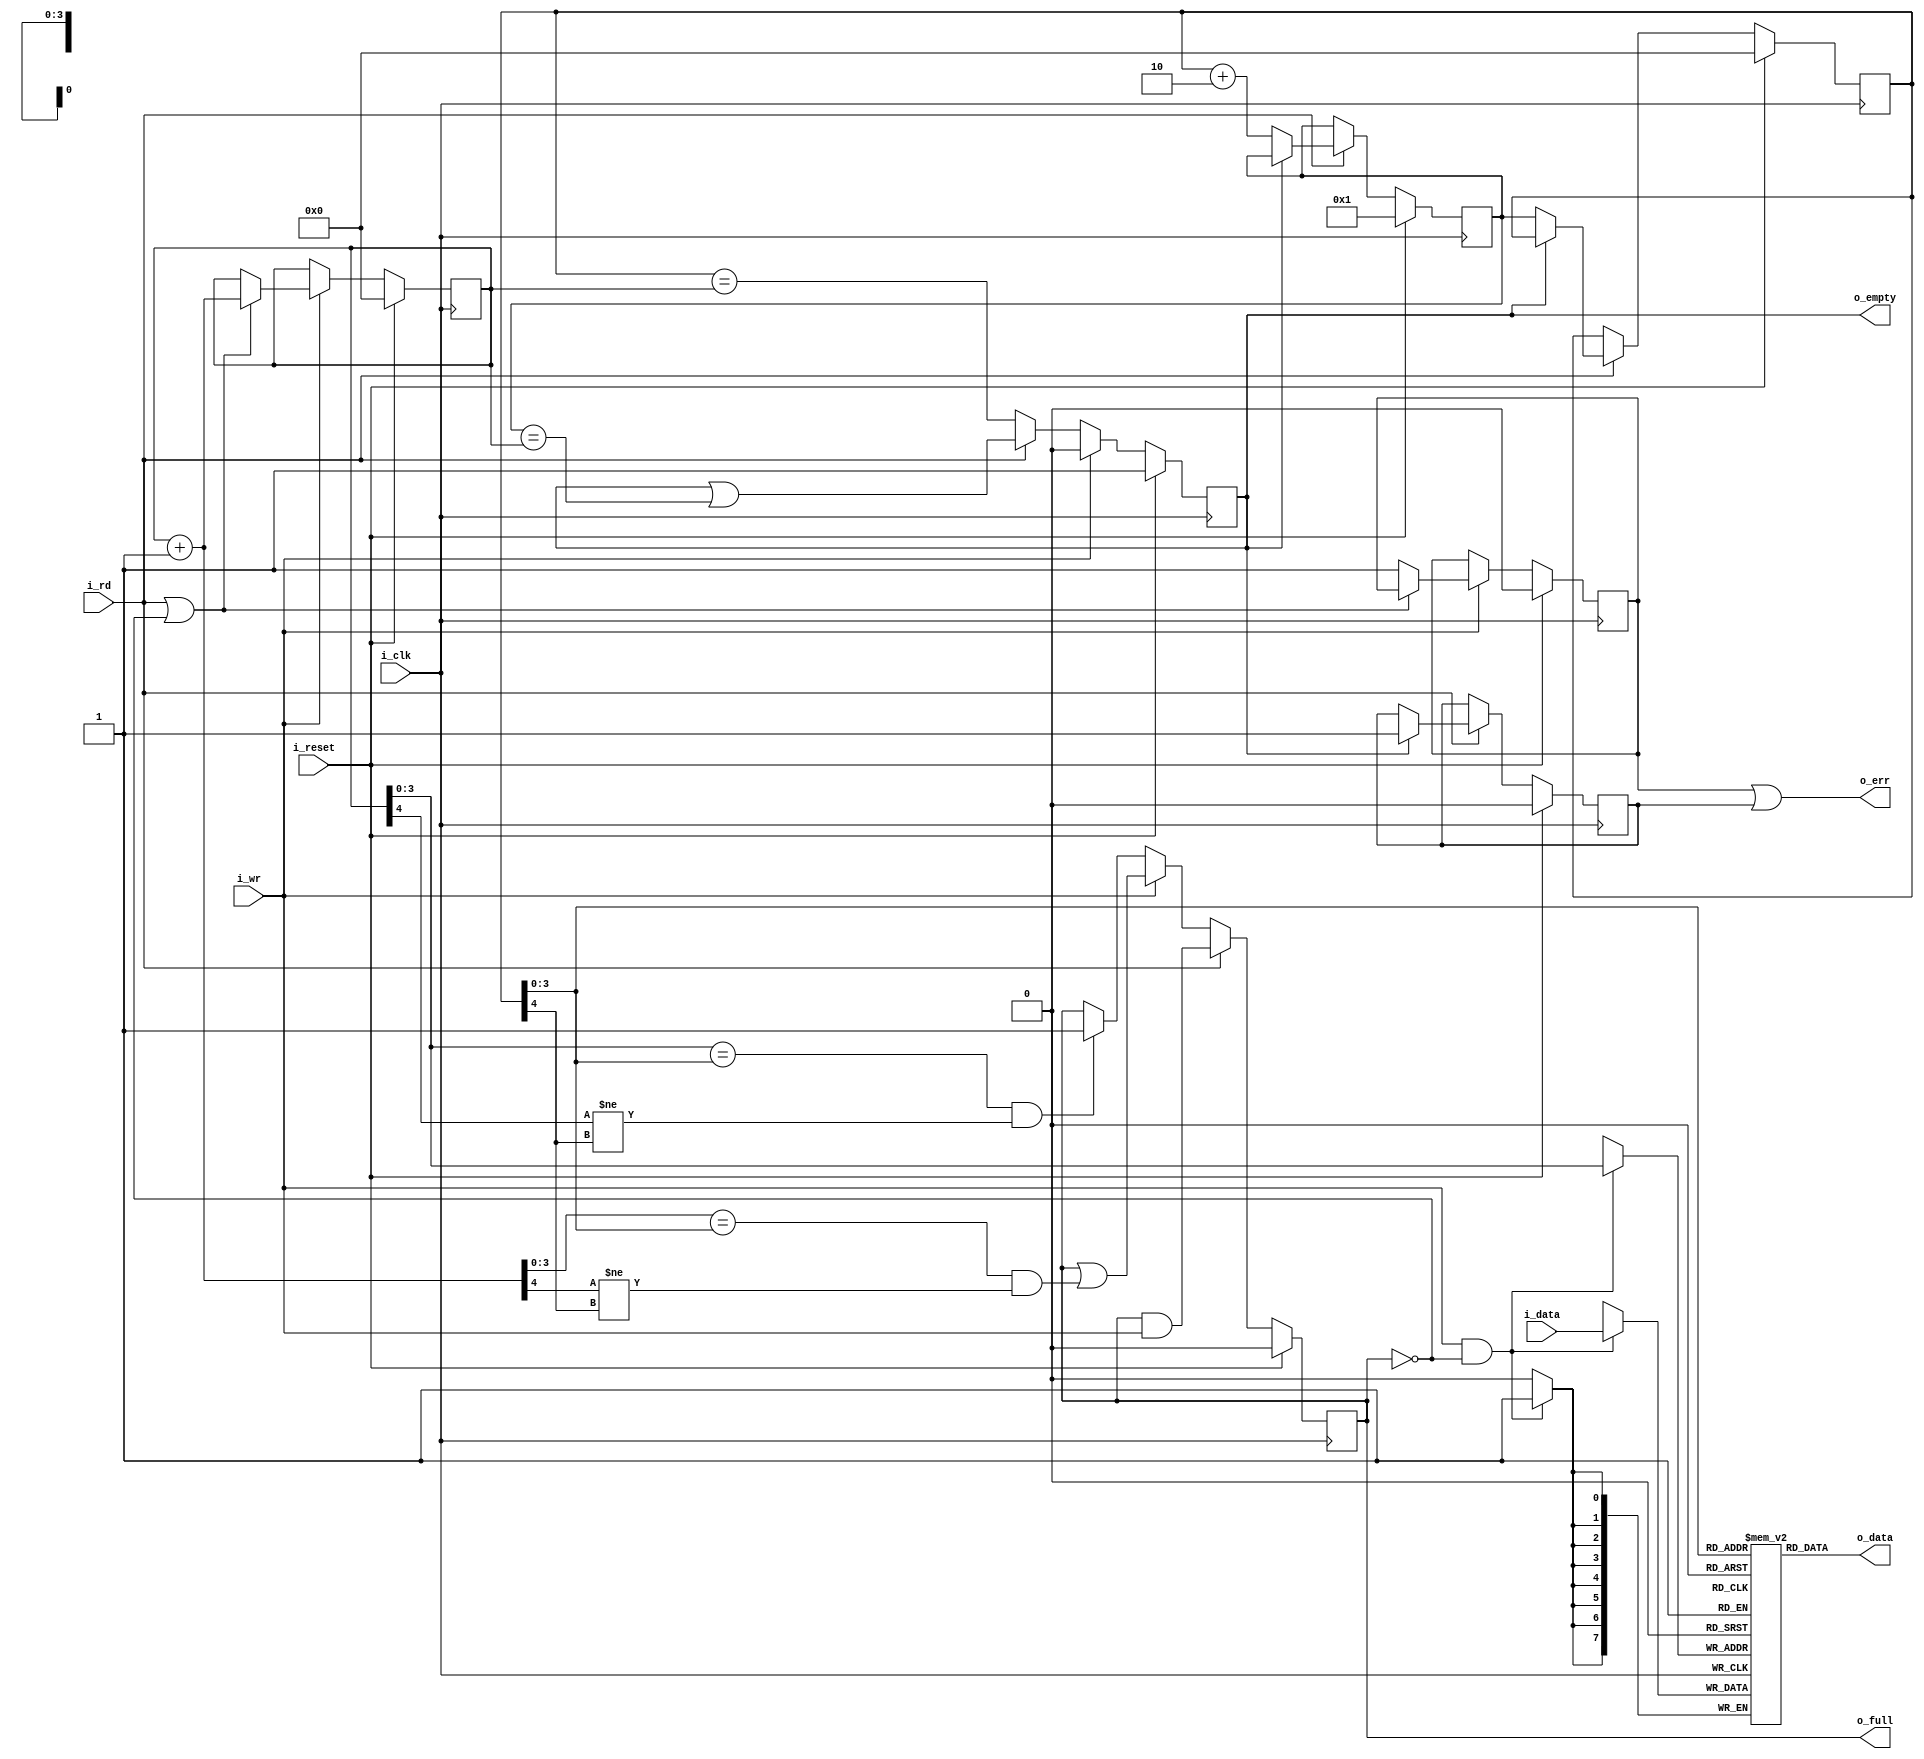
////////////////////////////////////////////////////////////////////////////////
//
// {{{
// Project:	FFT-DEMO, a verilator-based spectrogram display project
//
// Purpose:	A synchronous data FIFO.
//
// Creator:	Dan Gisselquist, Ph.D.
//		Gisselquist Technology, LLC
//
////////////////////////////////////////////////////////////////////////////////
// }}}
// Copyright (C) 2015-2024, Gisselquist Technology, LLC
// {{{
// This program is free software (firmware): you can redistribute it and/or
// modify it under the terms of the GNU General Public License as published
// by the Free Software Foundation, either version 3 of the License, or (at
// your option) any later version.
//
// This program is distributed in the hope that it will be useful, but WITHOUT
// ANY WARRANTY; without even the implied warranty of MERCHANTIBILITY or
// FITNESS FOR A PARTICULAR PURPOSE.  See the GNU General Public License
// for more details.
//
// You should have received a copy of the GNU General Public License along
// with this program.  (It's in the $(ROOT)/doc directory.  Run make with no
// target there if the PDF file isn't present.)  If not, see
// <http://www.gnu.org/licenses/> for a copy.
// }}}
// License:	GPL, v3, as defined and found on www.gnu.org,
// {{{
//		http://www.gnu.org/licenses/gpl.html
//
////////////////////////////////////////////////////////////////////////////////
//
`default_nettype	none
// }}}
module sfifo(i_clk, i_reset, i_wr, i_data, o_full, i_rd, o_data, o_empty, o_err);
	parameter	BW=8;		// Byte/data width
	parameter	LGFLEN=4;	// Log of the buffer size
	//
	input	wire		i_clk, i_reset;
	// Write interface
	input	wire		i_wr;
	input	wire [(BW-1):0]	i_data;
	output	reg		o_full;		// True if there's no more space
	// Read interface
	input	wire		i_rd;
	output	wire [(BW-1):0]	o_data;
	output	reg		o_empty;	// True if FIFO is empty
	// 
	output	wire		o_err;		// True following under/overflow


	localparam	FLEN=(1<<LGFLEN);

	reg	[(BW-1):0]	fifo[0:(FLEN-1)];
	reg	[LGFLEN:0]	wraddr, rdaddr, r_next;

	wire	[LGFLEN:0]	w_first_plus_one,
				w_last_plus_one;
	assign	w_first_plus_one = wraddr + {{(LGFLEN){1'b0}},1'b1};
	assign	w_last_plus_one  = r_next; // rdaddr  + 1'b1;


	// Logic defining the full output.  Ideally, we might've said
	//
	// assign o_full == (wraddr[LGFLEN-1:0] == rdaddr[LGFLEN-1:0])
	//			&&(wraddr[LGFLEN] != rdaddr[LGFLEN]);
	//
	// The following logic does the same thing, only using clocked logic,
	// so the logic needs to be set one clock earlier.
	initial	o_full = 1'b0;
	always @(posedge i_clk)
		if (i_reset)
			o_full <= 1'b0;
		else if (i_rd)
			o_full <= (o_full)&&(i_wr);
		else if (i_wr)
			o_full <= (o_full)
				||((w_first_plus_one[LGFLEN-1:0]
						== rdaddr[LGFLEN-1:0])
				&&(w_first_plus_one[LGFLEN]!=rdaddr[LGFLEN]));
		else if ((wraddr[LGFLEN-1:0] == rdaddr[LGFLEN-1:0])
				&&(wraddr[LGFLEN]!=rdaddr[LGFLEN]))
			o_full <= 1'b1;

	//
	// Adjust the Write pointer, and catch any overflows.
	reg	r_ovfl;
	initial	wraddr = 0;
	initial	r_ovfl  = 0;
	always @(posedge i_clk)
		if (i_reset)
		begin
			r_ovfl  <= 1'b0;
			wraddr <= 0;
		end else if (i_wr)
		begin // Cowardly refuse to overflow
			if ((i_rd)||(!o_full))
				wraddr <= wraddr + 1'b1;
			else
				// Set the error flag on any overflow
				r_ovfl <= 1'b1;
		end

	// Actually write to the FIFO
	always @(posedge i_clk)
		if ((i_wr)&&(!o_full))
			fifo[wraddr[(LGFLEN-1):0]] <= i_data;

	// The empty pointer.  This is clocked logic, else we might have
	// written:
	//
	// assign o_empty = (rdaddr == wraddr);
	//
	initial	o_empty = 1'b1;
	always @(posedge i_clk)
		if (i_reset)
			o_empty <= 1'b1;
		else if (i_wr)
			o_empty <= 1'b0;
		else if (i_rd)
			o_empty <= (o_empty)||(w_last_plus_one == wraddr);
		else
			o_empty <= (rdaddr == wraddr);


	//
	// The read pointer (and underflow indication)
	//
	reg		r_unfl;
	initial	r_unfl = 1'b0;
	initial	rdaddr = 0;
	initial	r_next = { {(LGFLEN){1'b0}}, 1'b1 };
	always @(posedge i_clk)
		if (i_reset)
		begin
			rdaddr <= 0;
			r_next <= { {(LGFLEN){1'b0}}, 1'b1 };
			r_unfl <= 1'b0;
		end else if (i_rd)
		begin
			if (!o_empty) // (wraddr != rdaddr)
			begin
				rdaddr <= r_next;
				r_next <= rdaddr +{{(LGFLEN-1){1'b0}},2'b10};
			end else
				// Set the error flag on any attempt to read
				// from an empty fifo
				r_unfl <= 1'b1;
		end

	// Actually read from the FIFO here.
	assign	o_data = fifo[rdaddr[LGFLEN-1:0]];

	// Overflow is an error, as is underflow.
	assign o_err = (r_ovfl)||(r_unfl);

////////////////////////////////////////////////////////////////////////////////
////////////////////////////////////////////////////////////////////////////////
////////////////////////////////////////////////////////////////////////////////
//
// FORMAL METHODS
//
//
////////////////////////////////////////////////////////////////////////////////
////////////////////////////////////////////////////////////////////////////////
////////////////////////////////////////////////////////////////////////////////
//
`ifdef	FORMAL
`ifdef	SFIFO
`define	ASSUME	assume
`define	ASSERT	assert
`else
`define	ASSUME	assert
`define	ASSERT	assume
`endif

	reg	f_past_valid;

	initial	f_past_valid = 1'b0;
	always @(posedge i_clk)
		f_past_valid <= 1'b1;

	//
	// Assumptions about our input(s)
	//
	//
	initial `ASSUME(i_reset);

	//
	// Assertions about our outputs
	//
	//

	wire	[LGFLEN:0]	f_fill, f_next, f_empty;

	// Calculate the actual fill level
	assign	f_fill = wraddr - rdaddr;

	// ... Here's the indication of whether or not the FIFO is empty
	assign	f_empty = (wraddr == rdaddr);

	assign	f_next = rdaddr + 1'b1;

	// Test #1
	always @(posedge i_clk)
	if ((f_past_valid)&&(!$past(i_reset))&&($past(o_full)))
		`ASSERT(!o_empty);

	// Test #2
	always @(posedge i_clk)
	if ((f_past_valid)&&(!$past(i_reset))&&($past(o_empty)))
		`ASSERT((!o_full)&&(f_fill <= 1));

	// Test #3, along with some other basic assertions
	always @(*)
	begin
		// Assert that the FIFO never has more than 2^N elements in it
		`ASSERT(f_fill <= { 1'b1, {(LGFLEN){1'b0}}});

		// 3.A
		// o_full should equal whether or not 2^N elements are in FIFO
		`ASSERT(o_full  == (f_fill == {1'b1, {(LGFLEN){1'b0}}}));

		// 3.B
		// o_empty, true if an only if the fill is zero.
		`ASSERT(o_empty == (f_fill == 0));

		`ASSERT(r_next == f_next);
	end

	// Extra--check the error flag.
	always @(posedge i_clk)
	if (f_past_valid)
	begin
		// Following a reset, the error flag should be clear
		if ($past(i_reset))
			`ASSERT(!o_err);
		else begin
			// Check error on underflow
			if (($past(i_rd))&&($past(o_empty)))
				`ASSERT(o_err);

			// Check error on overflow
			if (($past(i_wr))&&(!$past(i_rd))&&($past(o_full)))
				`ASSERT(o_err);

			// Error flag doesn't clear except on reset
			if ($past(o_err))
				`ASSERT(o_err);
		end
	end
`endif // FORMAL
`ifdef	VERIFIC_SVA
	//
	// This contract makes the most sense using the full SVA language
	//
	(* anyconst *) reg	[LGFLEN:0]	f_const_addr;
	wire	 [LGFLEN:0]		f_const_next_addr;
	reg				f_addr_valid, f_next_valid;
	(* anyconst *) reg [BW-1:0]	f_const_first, f_const_next;
	assign	f_const_next_addr = f_const_addr + 1'b1;

	//
	// Check whether or not f_const_addr is a valid address describing
	// an item in the FIFO.
	//
	always @(*)
	begin
		f_addr_valid = 1'b0;

		// The tricky part of this check is that the read and write
		// pointers may wrap around the ends of the FIFO.  It's not
		// quite the simple comparison for this reason.
		//
		if ((wraddr > rdaddr)&&(f_const_addr < wraddr)
				&&(rdaddr <= f_const_addr))
			// If there's no wrapping, then that f_const_addr
			// address will be valid if it's between wraddr and
			// rdaddr
			f_addr_valid = 1'b1;
		else if ((wraddr < rdaddr)&&(f_const_addr < wraddr))
			// The write pointer wrapped, the address in question
			// is after the wrap.
			f_addr_valid = 1'b1;
		else if ((wraddr < rdaddr)&&(rdaddr <= f_const_addr))
			// The write pointer wrapped around, but the address
			// hasn't
			f_addr_valid = 1'b1;
	end

	//
	// Same check, except now for the f_const_next_addr, the address
	// following f_const_addr.
	//
	always @(*)
	begin
		f_next_valid = 1'b0;
		if ((wraddr > rdaddr)&&(f_const_next_addr < wraddr)
				&&(rdaddr <= f_const_next_addr))
			f_next_valid = 1'b1;
		else if ((wraddr < rdaddr)&&(f_const_next_addr < wraddr))
			f_next_valid = 1'b1;
		else if ((wraddr < rdaddr)&&(rdaddr <= f_const_next_addr))
			f_next_valid = 1'b1;
	end

	//
	// Here's the set sequence, that is ... here are the steps involved
	// with setting two values into the FIFO.
	//
	sequence	SETSEQUENCE;
		// Step one: write to the f_const_addr address
		((i_wr)&&(!o_full)&&(wraddr==f_const_addr)
			&&(i_data == f_const_first))
		//
		// Step two: (optional) wait for some period of time, with the
		// 	data in the FIFO, and no other writes to the FIFO.
		//	Also require that this item isn't read out of the FIFO
		//	(yet)
		##1 ((!i_wr)&&((!i_rd)||(rdaddr != f_const_addr))
			&&(fifo[f_const_addr[(LGFLEN-1):0]]==f_const_first)
			&&(f_addr_valid))
			[*0:$]
		// Step three: Write the second value to the FIFO.  May also
		//	read it out on this clock as well--that's captured in
		//	the property later..
		##1 ((i_wr)&&(!o_full)&&(!o_err)
			&&((!i_rd)||(rdaddr != f_const_addr))
			&&(f_addr_valid)
			&&(wraddr == f_const_addr)
			&&(i_data == f_const_next));
	endsequence

	// Here are the four steps to reading from the FIFO once both items
	// have been written to it.
	wire		f_wait_for_first_read,
			f_first_read,
			f_wait_for_second_read,
			f_second_read;


	// The read sequence is rather complex.  Let's look through it in
	// stages.

	//
	// Stage one: Both items are in the FIFO.
	//	The first of these two values isn't being read
	//	Assert that both addresses are within the FIFO
	//	Assert that the FIFO's values at each address match what was
	//	  written
	//
	assign	f_wait_for_first_read = (((!i_rd)||(rdaddr != f_const_addr))&&(!o_empty)&&(!r_unfl)
			&&(f_addr_valid)
			&&(f_next_valid)
			&&(fifo[f_const_addr[(LGFLEN-1):0]] == f_const_first)
			&&(fifo[f_const_next_addr[(LGFLEN-1):0]] == f_const_next));
	//
	// Stage two: Read the first of the two items from the FIFO.
	//	Assert that the next value is still in the FIFO
	//	Assert that the value at the next address matches what was
	//		written earlier
	//
	assign f_first_read
		= ((i_rd)&&(!o_empty)&&(!r_unfl)
			&&(f_addr_valid)&&(rdaddr == f_const_addr)
				&&(o_data == f_const_first)
			&&(f_next_valid)
			&&(fifo[f_const_next_addr[(LGFLEN-1):0]] == f_const_next));

	//
	// Stage three: Wait while the second FIFO element is next to be read
	//	Assert that the second value remains within the FIFO
	//	Assert that the second value will be the value read next
	//	Assert that it's the right value
	//
	assign f_wait_for_second_read
		= ((!i_rd)&&(!o_empty)&&(!r_unfl)
			&&(f_next_valid)&&(rdaddr == f_const_next_addr)
			&&(o_data == f_const_next));

	//
	// Stage four: Read the last item from the FIFO
	//
	assign f_second_read
		= ((i_rd)&&(!o_empty)&&(!r_unfl)
			&&(f_next_valid)&&(rdaddr == f_const_next_addr)
			&&(o_data == f_const_next));

	sequence	READSEQUENCE;
		f_wait_for_first_read [*0:$]
		##1 f_first_read
		##1 f_wait_for_second_read [*0:$]
		##1 f_second_read;
	endsequence

	`ASSERT property (@(posedge i_clk)
		disable iff (i_reset)
		SETSEQUENCE |=> READSEQUENCE);
`endif // VERIFIC_SVA
endmodule